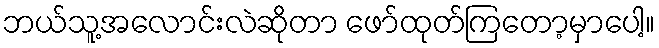
ဘယ်သူ့အလောင်းလဲဆိုတာ ဖော်ထုတ်ကြတော့မှာပေါ့။